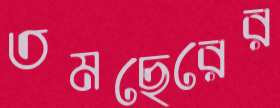
তমছেরের